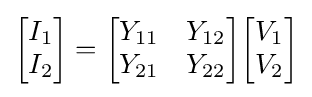
{\begin{bmatrix}I_{1}\\I_{2}\end{bmatrix}}={\begin{bmatrix}Y_{11}&Y_{12}\\Y_{21}&Y_{22}\end{bmatrix}}{\begin{bmatrix}V_{1}\\V_{2}\end{bmatrix}}